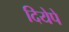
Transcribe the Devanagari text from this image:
दियेपे